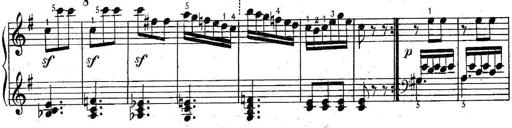
Title: 6 Easy Sonatinas
Composer: Carl Czerny